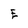
Character: E